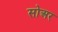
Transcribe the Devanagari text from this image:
सोअर